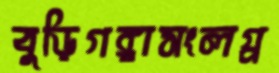
বুড়িগঙ্গাসংলগ্ন